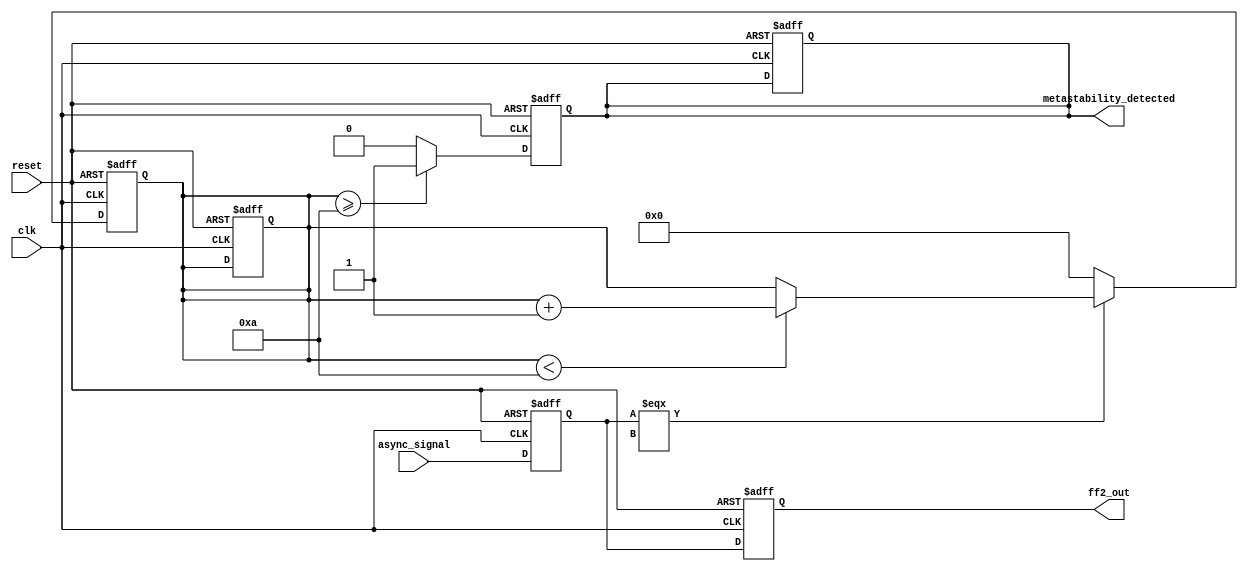
module metastability_detector (
    input wire clk,                // Clock signal
    input wire async_signal,       // Asynchronous input signal
    input wire reset,              // Optional reset signal
    output reg ff2_out,            // Synchronized output signal
    output reg metastability_detected // Metastability detection flag
);

    reg ff1_out;                  // Output of the first flip-flop
    reg [3:0] metastable_counter; // Counter to detect metastability

    // Parameters for metastability detection
    parameter METASTABLE_THRESHOLD = 4'd10; // Adjust as needed for your design

    // First flip-flop to sample the asynchronous signal
    always @(posedge clk or posedge reset) begin
        if (reset) begin
            ff1_out <= 1'b0; // Reset value for ff1_out
            metastable_counter <= 4'd0; // Reset counter
            metastability_detected <= 1'b0; // Clear metastability flag
        end else begin
            ff1_out <= async_signal; // Sample the asynchronous signal
        end
    end

    // Second flip-flop to synchronize the output
    always @(posedge clk or posedge reset) begin
        if (reset) begin
            ff2_out <= 1'b0; // Reset value for ff2_out
        end else begin
            ff2_out <= ff1_out; // Synchronize output
        end
    end

    // Metastability detection logic
    always @(posedge clk or posedge reset) begin
        if (reset) begin
            metastable_counter <= 4'd0; // Reset counter
            metastability_detected <= 1'b0; // Clear metastability flag
        end else begin
            // Check if ff1_out is in a metastable state
            if (ff1_out === 1'bx) begin
                // Increment metastability counter if ff1_out is in metastable state
                if (metastable_counter < METASTABLE_THRESHOLD) begin
                    metastable_counter <= metastable_counter + 1;
                end
            end else begin
                // Reset counter if ff1_out is stable
                metastable_counter <= 4'd0;
            end
            
            // Assert metastability_detected if counter exceeds threshold
            if (metastable_counter >= METASTABLE_THRESHOLD) begin
                metastability_detected <= 1'b1;
            end else begin
                metastability_detected <= 1'b0;
            end
        end
    end

endmodule